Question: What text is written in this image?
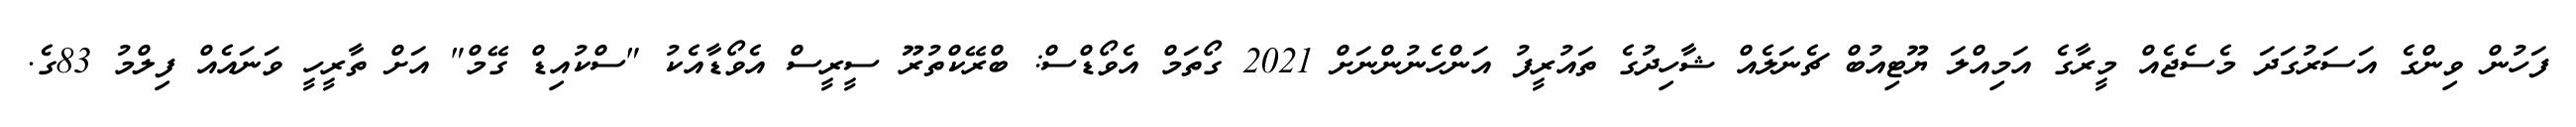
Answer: ފަހުން ވިންގެ އަސަރުގަދަ މެސެޖެއް މީރާގެ އަމިއްލަ ޔޫޓިއުބް ޗެނަލެއް ޝާހިދުގެ ތައުރީފު އަންހެނުންނަށް 2021 ގޯތަމް އެވޯޑްސް: ބްރޭކްތުރޫ ސީރީސް އެވޯޑާއެކު "ސްކުއިޑް ގޭމް" އަށް ތާރީހީ ވަނައެއް ފިލްމު 83ގެ.